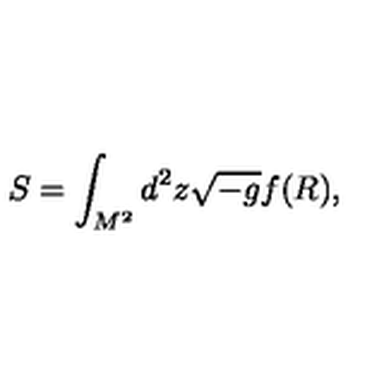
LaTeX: S = \int _ { M ^ { 2 } } ^ { } d ^ { 2 } z \sqrt { - g } f ( R ) ,